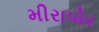
મીરાપોર